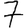
Digit: 7